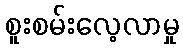
စူးစမ်းလေ့လာမှု